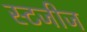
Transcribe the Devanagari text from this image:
स्टजीज